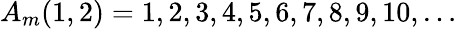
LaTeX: A_{m}(1,2)=1,2,3,4,5,6,7,8,9,10,\ldots